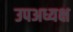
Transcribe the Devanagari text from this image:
उपअध्यक्ष